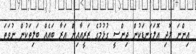
އިންނަ ލޮދި އޮލަގަނޑަކުން ޖިންސީ ގުޅުމުގެ ޒަރީއާއިން އަރާ ބައެއް ބަލިތަކުން ނުވަތަ